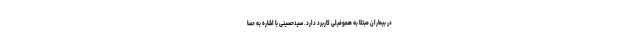
در بیماران مبتلا به هموفیلی کاربرد دارد. سیدحسینی با اشاره به حسا